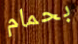
بحمام